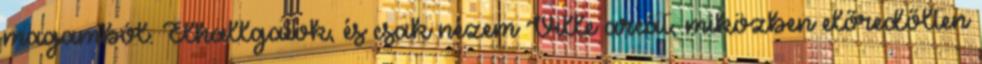
magamból. Elhallgatok, és csak nézem Ville arcát, miközben előredőlten